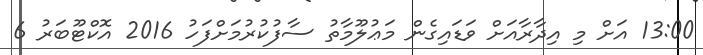
13:00 އަށް މި އިދާރާއަށް ވަޑައިގެން މަޢުލޫމާތު ސާފުކުރުމަށްފަހު 2016 އޮކްޓޫބަރު 6